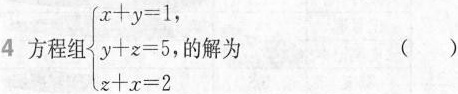
4 方程组$$\left\{ \begin{matrix} x+y=1, \\ y+z=5, \\ z+x=2 \\ \end{matrix} \right.$$的解为 ( )